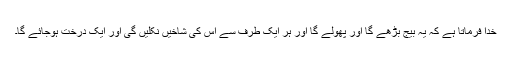
خدا فرماتا ہے کہ یہ بیج بڑھے گا اور پھولے گا اور ہر ایک طرف سے اس کی شاخیں نکلیں گی اور ایک درخت ہوجائے گا۔